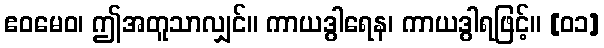
ဧဝမေဝ၊ ဤအတူသာလျှင်။ ကာယဒွါရေန၊ ကာယဒွါရဖြင့်။ [၀၁]